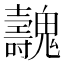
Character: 魗